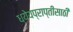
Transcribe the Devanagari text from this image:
ध्येयप्राप्तीसाठी